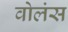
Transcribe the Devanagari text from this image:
वोलंस